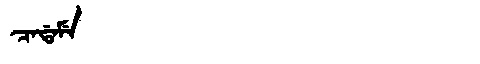
Manchu: ᠴᠠᡩᠠᠮᡝ
Romanization: CADAME